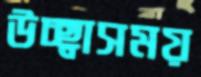
উচ্ছ্বাসময়